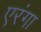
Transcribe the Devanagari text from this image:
एरंगा